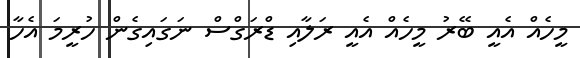
މީހެއް އެއީ ބޭރު މީހެއް އެއީ ރަލާއި ޑްރަގްސް ނަގައިގެން ހުރީމަ އެހާ